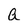
Character: a